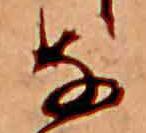
な